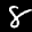
Label: 8